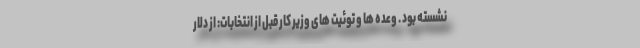
نشسته بو‌د . وعده ها و توئیت های وزیر کار قبل از انتخابات: از دلار